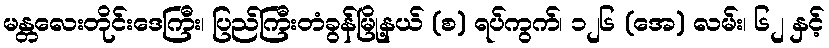
မန္တလေးတိုင်းဒေကြီး၊ ပြည်ကြီးတံခွန်မြို့နယ် (စ) ရပ်ကွက်၊ ၁၂၆ (အေ) လမ်း၊ ၆၂ နှင့်